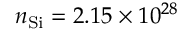
n _ { \mathrm { S i } } = 2 . 1 5 \times 1 0 ^ { 2 8 }